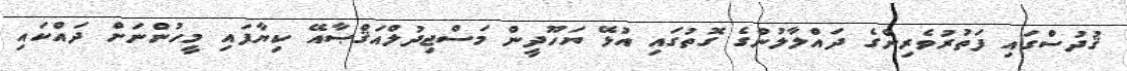
ޤުދުސްގައި ފަތުރުވެރިންގެ ދައްލާލުންގެ ގޮތުގައި އުޅޭ ޔަހޫދީން މަސްޖިދުލްއަޤްޞާއޭ ކިޔާފައި މީހުންނަށް ދައްކައި